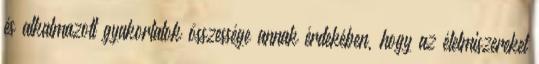
és alkalmazott gyakorlatok összessége annak érdekében, hogy az élelmiszereket